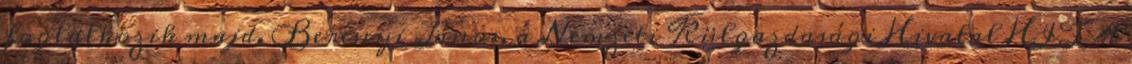
foglalkozik majd. Berényi János, a Nemzeti Külgazdasági Hivatal HITA